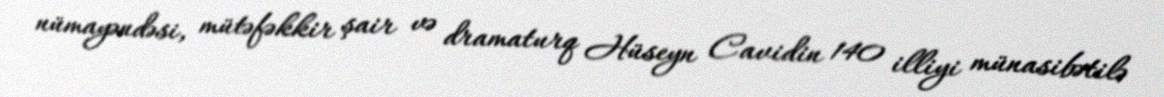
nümayəndəsi, mütəfəkkir şair və dramaturq Hüseyn Cavidin 140 illiyi münasibətilə